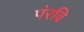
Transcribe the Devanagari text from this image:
पंरवि